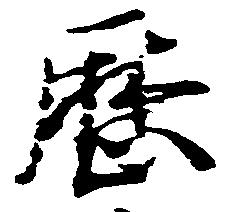
歴